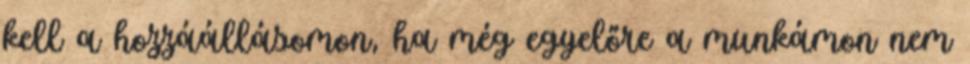
kell a hozzáállásomon, ha még egyelőre a munkámon nem